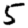
Digit: 5